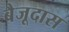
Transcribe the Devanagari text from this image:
बैजूदास